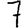
Digit: 7